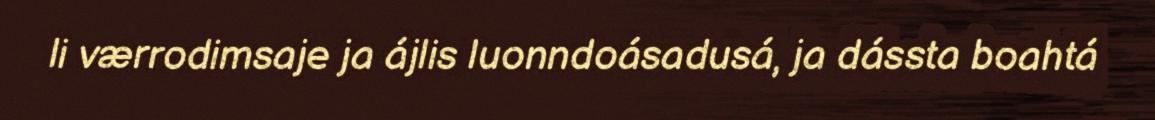
li værrodimsaje ja ájlis luonndoásadusá, ja dássta boahtá